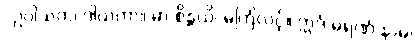
“ဥပါသက၊ ဒါယကာ။ မာ စိန္တယိ၊ မကြံလင့်။ ဣဒံ မရဏံ နာမ၊